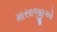
માસાજીએ